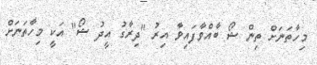
މިހާތަނަށް ތިން ޝޯ ބާއްވާފައިވާ އިރު "ދިރާގު އީދު ޝޯ" އަކީ މިހާތަނަށް